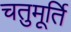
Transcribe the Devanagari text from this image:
चतुमूर्ति